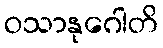
ဝသာနုဂေါတိ